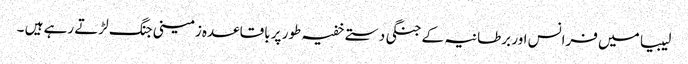
لیبیا میں فرانس اور برطانیہ کے جنگی دستے خفیہ طور پر باقاعدہ زمینی جنگ لڑتے رہے ہیں ۔